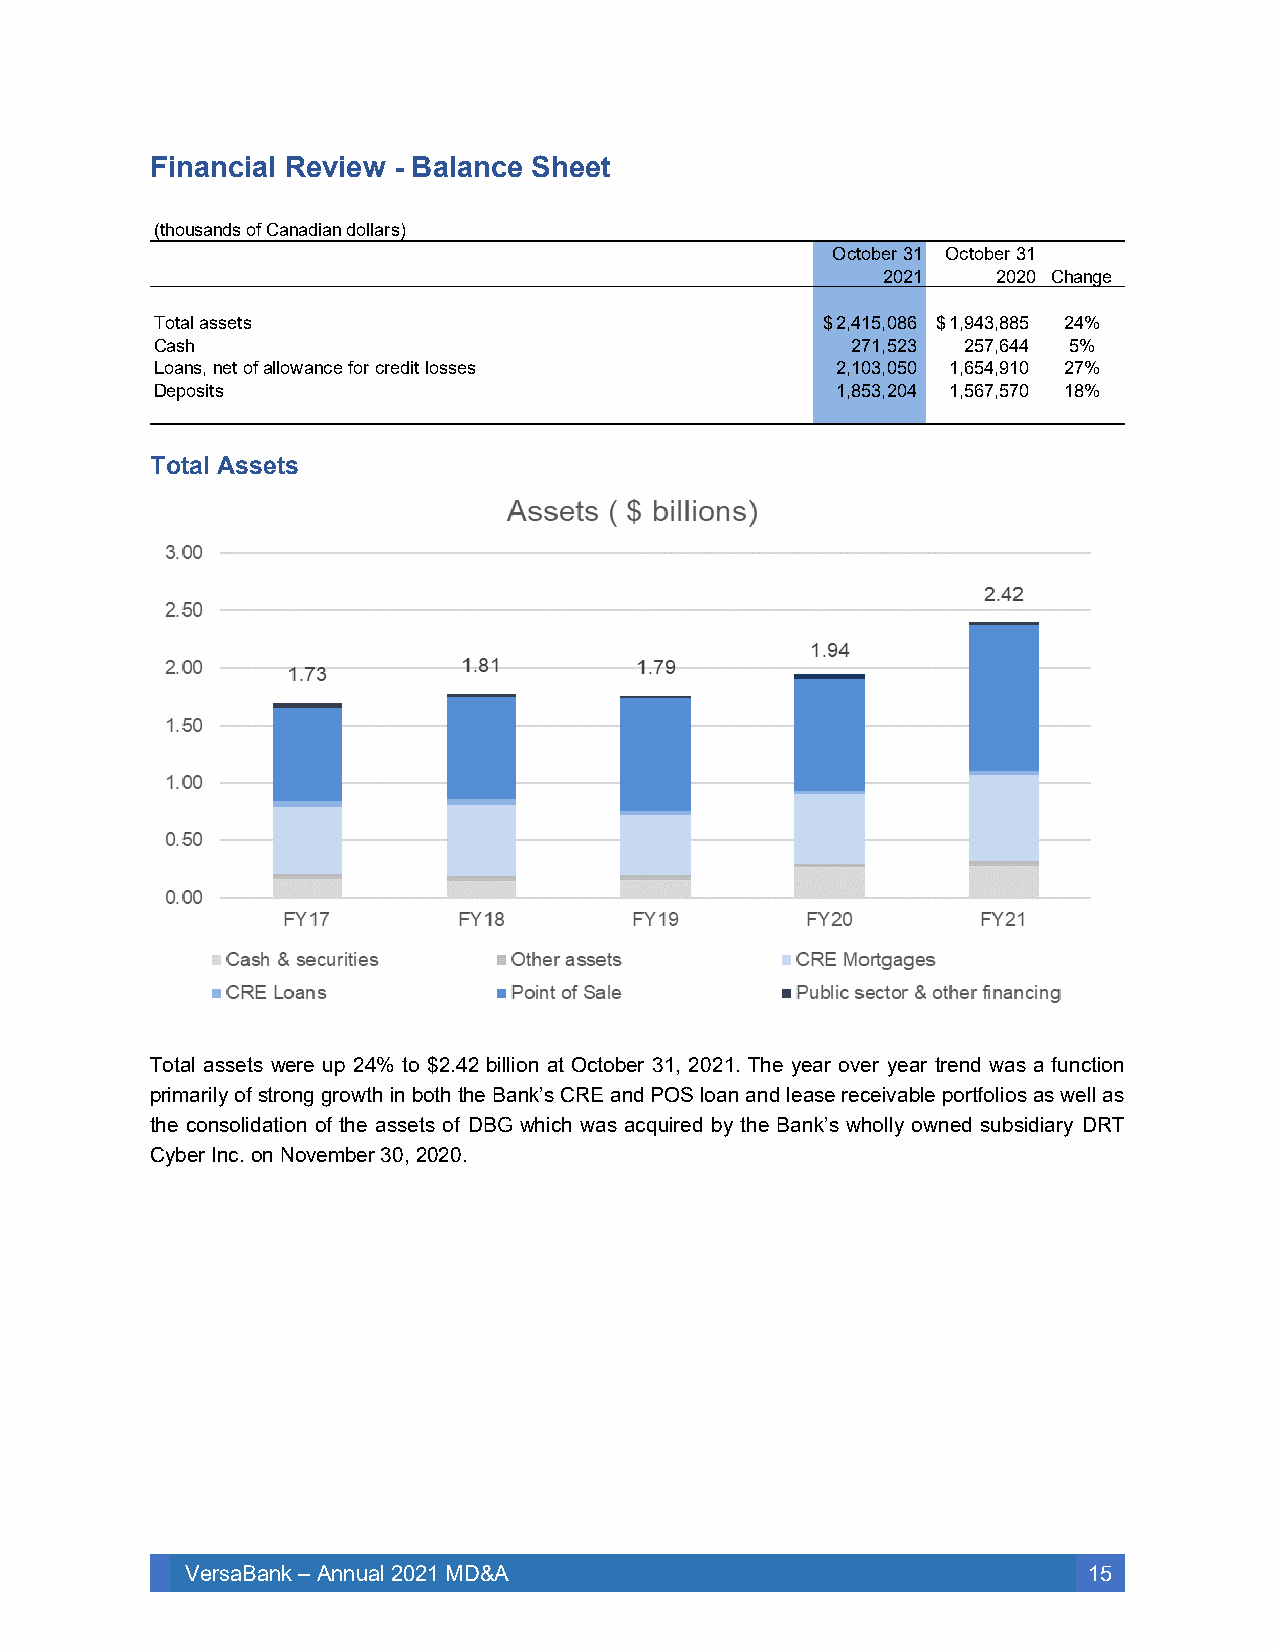
Financial Review - Balance Sheet
 Total Assets
 Total assets were up 24% to $2.42 billion at October 31, 2021. The year over year trend was a function
 primarily of strong growth in both the Bank’s CRE and POS loan and lease receivable portfolios as well as
 the consolidation of the assets of DBG which was acquired by the Bank’s wholly owned subsidiary DRT
 Cyber Inc. on November 30, 2020.
 VersaBank – Annual 2021 MD&A                                15
 (
 TCLD
 th
 oaoe
 o u s a n d s o
 ta l a s s e tss
 ha
 n s , n e t op
 o s its
 f C
 f a
 a
 llo
 n
 w
 a d ia
 a n c
 n
 e
 d o
 fo
 lla
 r c
 r
 r
 s
 e
 )
 d it lo s s e s
 O c to
 $ 2 ,4 1
 2 7
 2 ,1 0
 1 ,8 5
 b
 5133
 e r 32
 0 2
 ,0 8 6,5
 2 3,0
 5 0,2
 0 4
 11 O c to
 $ 1 ,9 4
 2 5
 1 ,6 5
 1 ,5 6
 b
 3747
 e r 32
 0 2
 ,8 8 5,6
 4 4,9
 1 0,5
 7 0
 10
 C h a n
 2 4 %5
 %2
 7 %1
 8 %
 g e